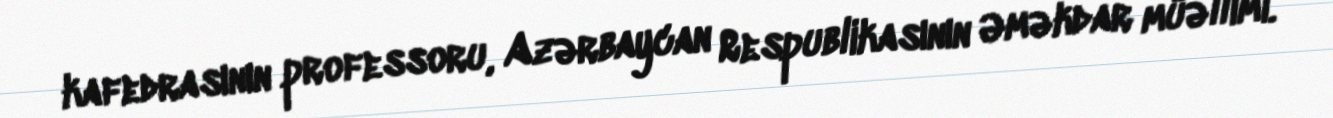
kafedrasının professoru, Azərbaycan Respublikasının Əməkdar müəllimi.